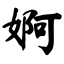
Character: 婀